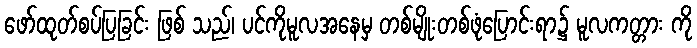
ဖော်ထုတ်စပ်ပြခြင်း ဖြစ် သည်၊ ပင်ကိုမူလအနေမှ တစ်မျိုးတစ်ဖုံပြောင်းရာ၌ မူလကတ္တား ကို